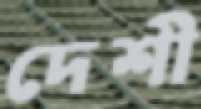
দেশী